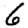
Digit: 6